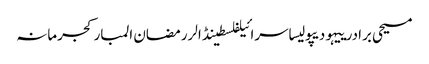
مسیحی برادرییہودیپولیساسرائیلفلسطینڈالررمضان المبارکجرمانہ